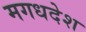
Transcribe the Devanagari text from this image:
मगधदेश